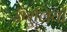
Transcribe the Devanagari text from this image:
उँगुलियों